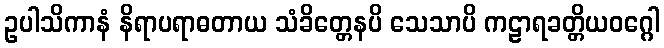
ဥပါသိကာနံ နိရာပရာဓတာယ သံခိတ္တေနပိ သေသာပိ ကဠာရခတ္တိယဝဂ္ဂေါ